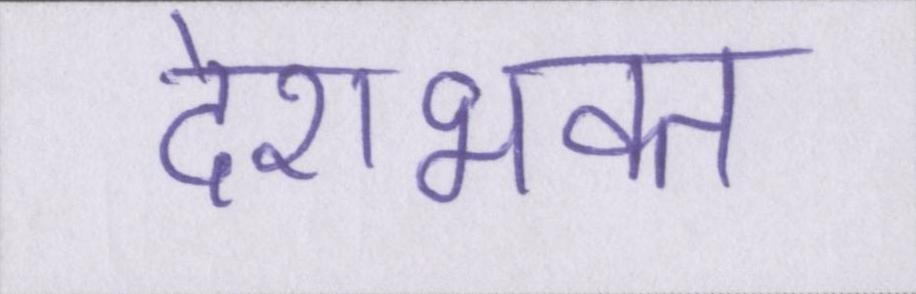
देशभक्त